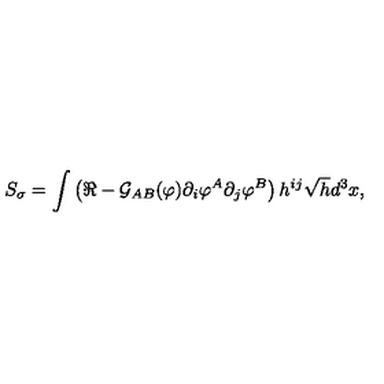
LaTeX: S _ { \sigma } = \int \left( \Re - { \cal G } _ { A B } ( \varphi ) \partial _ { i } \varphi ^ { A } \partial _ { j } \varphi ^ { B } \right) h ^ { i j } \sqrt { h } d ^ { 3 } x ,